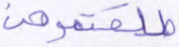
طلقتموهن